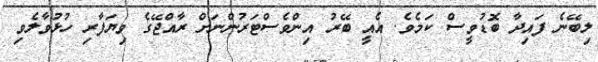
ލިބޭނެ ފައިދާ ބޮޑުވީސް ކަމެވެ. އެއީ ބޭރު އިންވެސްޓަރުންނަށް ރާއްޖޭގެ ވިޔަފާރި ހުޅުވާލެވި